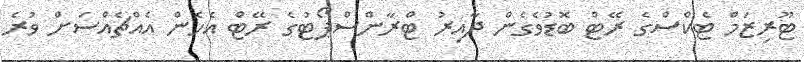
ޓޫރިޒަމް ޓެކްސްގެ ރޭޓް ބޮޑުވެގެން ދާއިރު ޓްރާންސްޕޯޓުގެ ރޭޓް އެހެން އެއްޗެއްސަށް ވުރެ